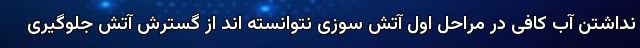
نداشتن آب کافی در مراحل اول آتش سوزی نتوانسته اند از گسترش آتش جلوگیری